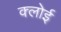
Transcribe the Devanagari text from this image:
क्लोई